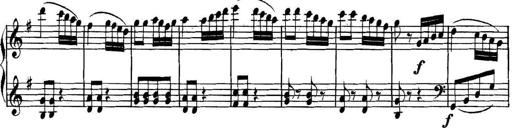
Title: Collected Piano Sonatas
Composer: Muzio Clementi